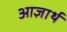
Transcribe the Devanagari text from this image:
आज्ञार्थ